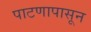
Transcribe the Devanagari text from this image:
पाटणापासून